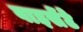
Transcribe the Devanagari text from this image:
वाइसेंटे